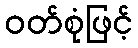
ဝတ်စုံဖြင့်